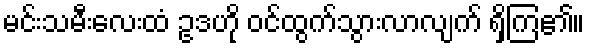
မင်းသမီးလေးထံ ဥဒဟို ဝင်ထွက်သွားလာလျက် ရှိကြ၏။